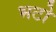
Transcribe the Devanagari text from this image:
भटो